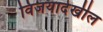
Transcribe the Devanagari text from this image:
विजयादेखील